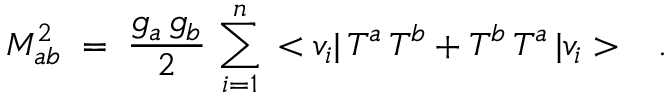
M _ { a b } ^ { 2 } \; = \; \frac { g _ { a } \, g _ { b } } { 2 } \, \sum _ { i = 1 } ^ { n } \, < v _ { i } | \, T ^ { a } \, T ^ { b } + T ^ { b } \, T ^ { a } \, | v _ { i } > \; \; \; .